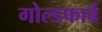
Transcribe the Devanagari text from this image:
गोल्डफार्ब